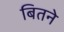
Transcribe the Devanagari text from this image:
बितने